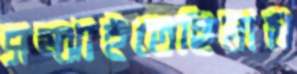
সম্‌ঝাইতেছিলাম